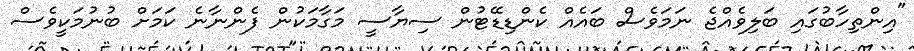
"އިންތިހާބުގައި ބަލިވެއްޖެ ނަމަވެސް ބައެއް ކެންޑިޑޭޓުން ސިޔާސީ މަގާމަކުން ފެންނާނެ ކަމަށް ބުނުމަކީވެސް